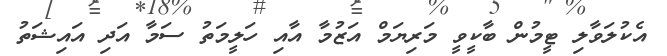
އެކުލަވާލި ޓީމުން ބާކީވީ މަރިޔަމް އަޒުމާ އާއި ހަލީމަތު ސަމާ އަދި އައިޝަތު